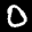
Label: 0